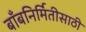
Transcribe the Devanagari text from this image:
बाँबनिर्मितीसाठी